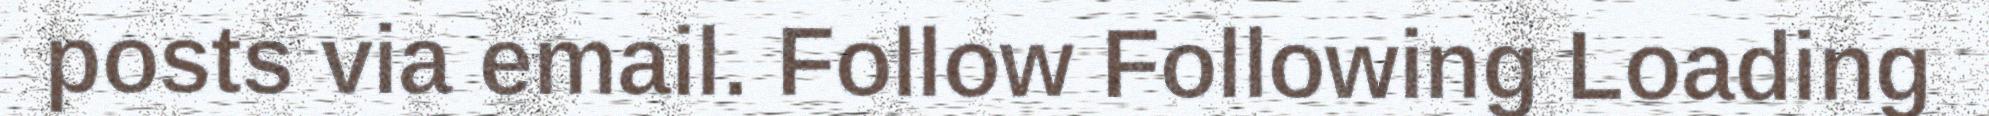
posts via email. Follow Following Loading